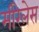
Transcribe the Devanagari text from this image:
मीरेलेस